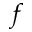
f